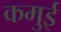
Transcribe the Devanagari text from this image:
कमुई